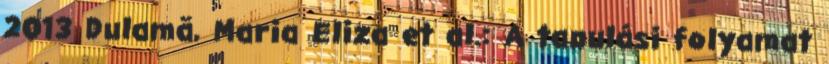
2013 Dulamă, Maria Eliza et al.: A tanulási folyamat